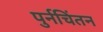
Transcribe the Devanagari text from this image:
पुर्नचिंतन